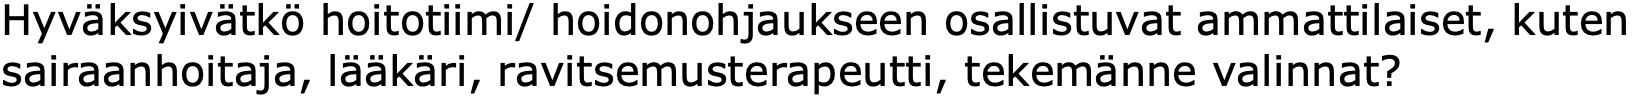
Hyväksyivätkö hoitotiimi/ hoidonohjaukseen osallistuvat ammattilaiset, kuten sairaanhoitaja, lääkäri, ravitsemusterapeutti, tekemänne valinnat?